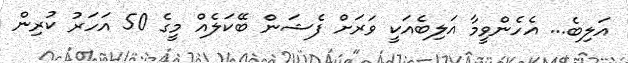
އަލިބެ... އެހެންވީމާ އަލިބެއަކީ ވަރަށް ފެޝަން ބޭކަލެއް މީގެ 50 އަހަރު ކުރިން